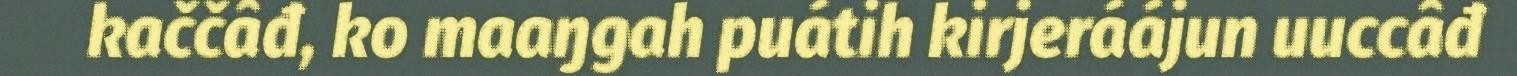
kaččâđ, ko maaŋgah puátih kirjeráájun uuccâđ